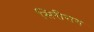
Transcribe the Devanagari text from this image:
सिरीराग